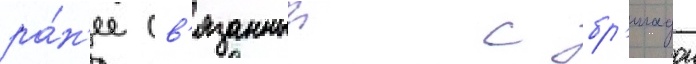
ра́н'ее св'язанныи с бр'игадои